Vaccination North-Western Provinces 1866-1877 - 1866-1877
Year: 1866
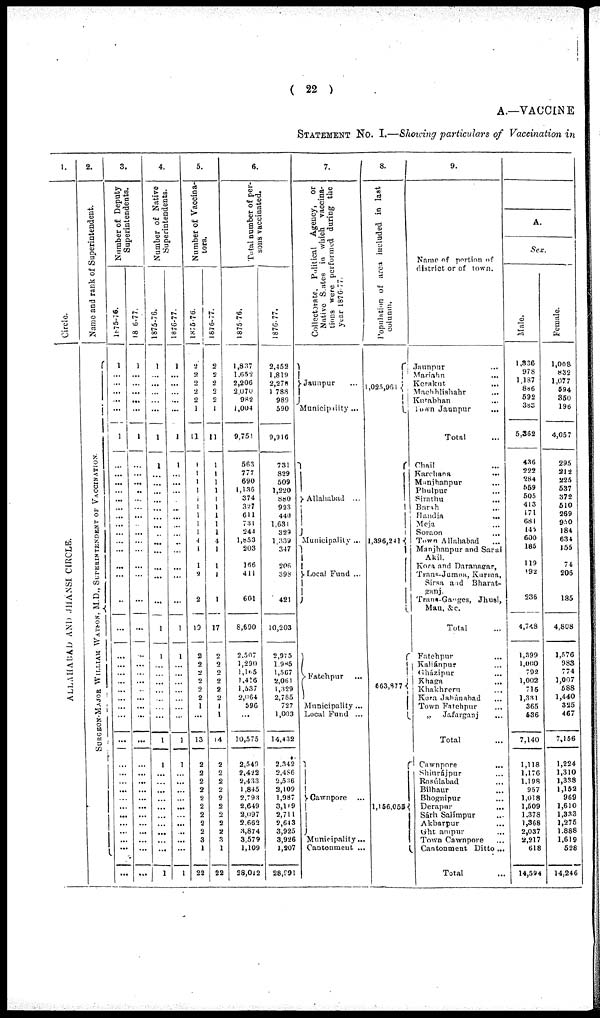
( 22 )
A.—VACCINE
STATEMENT NO. I.—Showing particulars of Vaccination in
1.
Circle.
ALLAHABAD AND JHANSI CIRCLE.
2.
Name and rank of Superintendent.
SURGEON-MAJOR WILLIAM WATSON, M.D., SUPERINTENDENT OF VACCINATION.
3.
Number of Deputy
Superintendents.
l875-76.
1
...
...
...
...
...
1
...
...
...
...
...
...
...
...
...
...
...
... ...
...
...
...
...
...
...
...
... ...
...
...
...
...
...
...
...
...
...
...
...
...
...
...
...
...
1876-77.
1
...
...
...
...
...
1
...
...
...
...
...
...
...
...
...
...
...
...
...
...
...
...
...
...
...
...
...
...
...
...
...
...
...
...
...
...
...
...
...
...
...
...
4.
Number of Native
Superintendents.
1875-76.
1
...
...
...
...
...
1
1
...
...
...
...
...
...
...
...
...
...
...
...
...
...
1
1
...
...
...
...
...
...
...
1
1
...
...
...
...
...
...
...
...
... ...
1
1876-77.
1
...
...
...
...
...
1
1
...
...
...
...
...
...
...
...
...
...
...
...
...
...
1
1
...
...
...
...
...
...
...
1
1
...
...
...
...
...
...
...
...
...
...
1
5.
Number of Vaccina-
tors.
1876-76.
2
2
2
2
2
1
11
1
1
1
1
1
1
1
1
1
4
1
1
2
2
19
2
2
2
2
2
2
1
...
13
2
2
2
2
2
2
2
2
2
3
1
22
1876-77.
2
2
2
2
2
1
11
1
1
1
1
1
1
1
1
1
4
1
1
1
1
17
2
2
2
2
2
2
1
1
14
2
2
2
2
2
2
2
2
2
3
1
22
6.
Total number of per-
sons vaccinated.
1875-76.
1,837
1.652
2,206
2,070
982
1,004
9,751
563
777
690
1,136
374
327
611
731
241
1,853
203
166
411
601
8,690
2.507
1,290
1,165
1,416
1,537
2,064
596
...
10,575
2,549
2,432
2,433
1,845
2,793
2,649
2,097
2,662
3,874
3,579
1,109
28,012
1876-77.
2,452
1,819
2,278
1,788
989
590
9,916
731
829
509
1,220
880
923
440
1,631
329
1,339
347
206
398
421
10,203
2,975
1.985
1,567
2,061
1,329
2,785
727
1,003
14,432
2,342
2,486
2,536
2,109
1,987
3,119
2,711
2,643
3,925
3,926
1,207
28,991
7.
Collectorate, Political Agency, or
Native States in which vaccina-
tions were performed during the
year 1876-77.
Jaunpur ...
Municipality ...
Allahabad ...
Municipality ...
Local Fund ...
Fatehpur
Municipality ...
Local Fund ...
Cawnpore
Municipality...
Cantonment ...
8.
Population of area included in last
column.
1,025,961
1,396,241
663,877
1,156,055
9.
Name of portion of
district or of town.
Jaunpur ...
Mariahn ...
Kerakut
...
Machhlishahr ...
Kutabhan ...
Town Jaunpur
...
Total ...
Chail ...
Karchana ...
Manjhanpur
...
Phulpur ...
Sirathu ...
Barah ...
Handia
...
Meja ...
Soraon ...
Town Allahabad ...
Manjhanpur and Sarai
Akil.
Kora and Daranasrar,
Trans-Jumna, Kurma,
Sirsa and Bharat¬
gang
Trans-Ganges, Jhusi,
Mau, &c.
Total ...
Fatehpnr ...
Kaliánpur ...
Gházipur ...
Khaga ...
Khakhreru ...
Kora Jahânabad ...
Town Fatehpnr ...
„ Jafarganj ...
Total ...
Cawnpore ...
Shiurájpur ...
Rasúlabad ...
Bilhaur ...
Bhognipur ...
Derapur ...
Sárh Salímpur ...
Akbarpur ...
Ght ampur ...
Town Cawnpore
Cantonment Ditto ...
Total ...
A.
Sex.
Male.
1,336
978
1,187
886
592
383
5,362
436
222
284
559
505
413
171 681
145
600
185
119
192
236
4,768
1,399
1,000
792
1,002
715
1,331
365
536
7,140
1,118
1,176
1,198
957
1,018
1,509
1,378
1,368
2,037
2,217
618
14,594
Female.
1,008
832
1,077
594
350
196
4,057
295
212
225
537
372 510
269
950
184
634
155
74
206
135
4,808
1,576
983
774
1,007
588
1,440
325
467
7,156
1,224
1,310
1,338
1,152
969
1,610
1,333
1,275
1,888
1,619
528
14,246